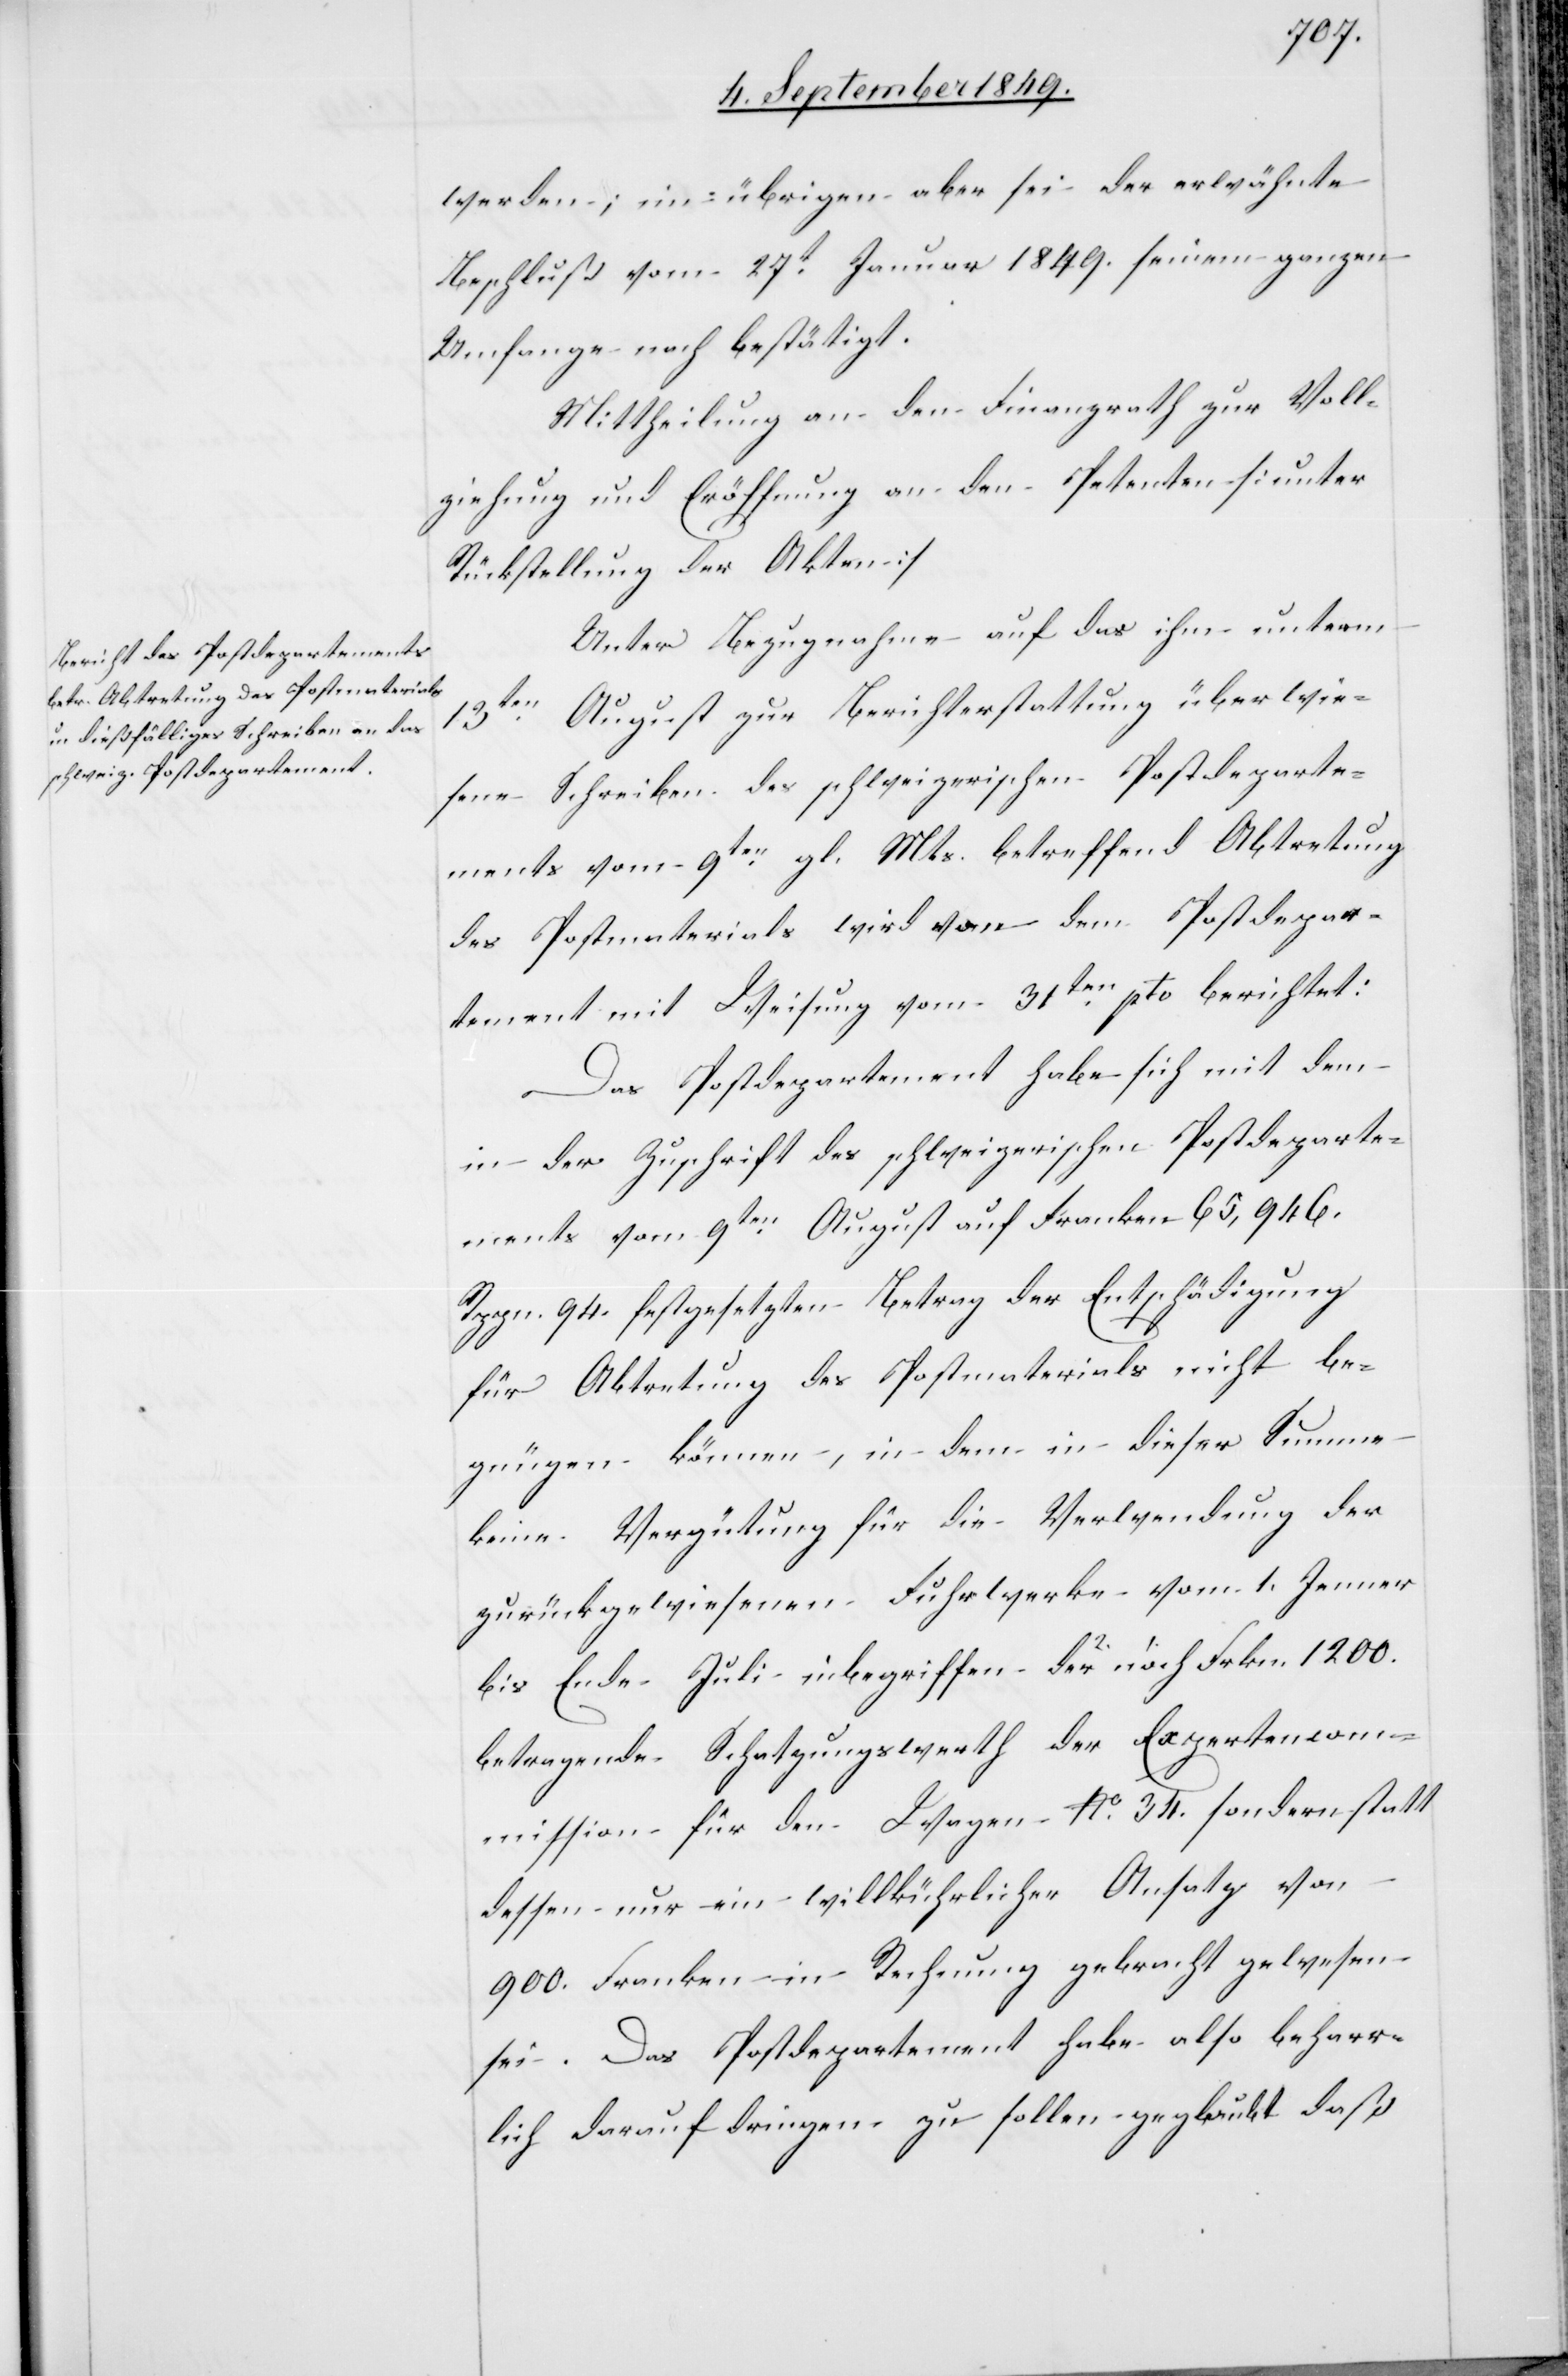
werden, im übrigen aber sei der erwähnte
Beschluß vom 27t Januar 1849. seinem ganzen
Umfange nach bestätigt.
Mittheilung an den Finanzrath zur Voll¬
ziehung und Eröffnung an den Petenten. [unter
Rückstellung der Akten]
Unter Bezugnahme auf das ihm unterm
13ten August zur Berichterstattung überwie¬
sene Schreiben des schweizerischen Postdeparte¬
ments vom 9ten gl. Mts. betreffend Abtretung
des Postmaterials wird von dem Postdepar¬
tement mit Weisung vom 31ten pto. berichtet:
Das Postdepartement habe sich mit dem
in der Zuschrift des schweizerischen Postdeparte¬
ments vom 9ten August auf Franken 65,946.
Rppn. 94. festgesetzten Betrag der Entschädigung
für Abtretung des Postmaterials nicht be¬
gnügen können, in dem in dieser Summe
keine Vergütung für die Verwendung der
zurückgewiesenen Fuhrwerke vom 1. Jenner
bis Ende Juli inbegriffen der noch Frkn. 1200.
betragende Schatzungswerth der Expertencom¬
mission für den Wagen No. 34. sondern statt
dessen nur ein willkührlicher Ansatz von
900. Franken in Rechnung gebracht gewesen
sei. Das Postdepartement habe also beharr¬
lich darauf dringen zu sollen geglaubt daß